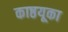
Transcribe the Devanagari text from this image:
काष्ठयूका